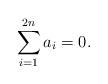
LaTeX: \begin{align*}\sum_{i=1}^{2n} a_i=0.\end{align*}